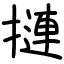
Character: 摙